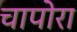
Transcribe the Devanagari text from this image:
चापोरा